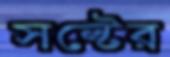
সল্টের